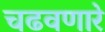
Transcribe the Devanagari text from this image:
चढवणारे